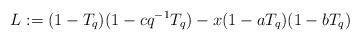
LaTeX: \begin{align*}L := (1 - T_{q}) (1 - c q^{-1} T_{q}) - x (1 - a T_{q}) (1 - b T_{q}) \end{align*}